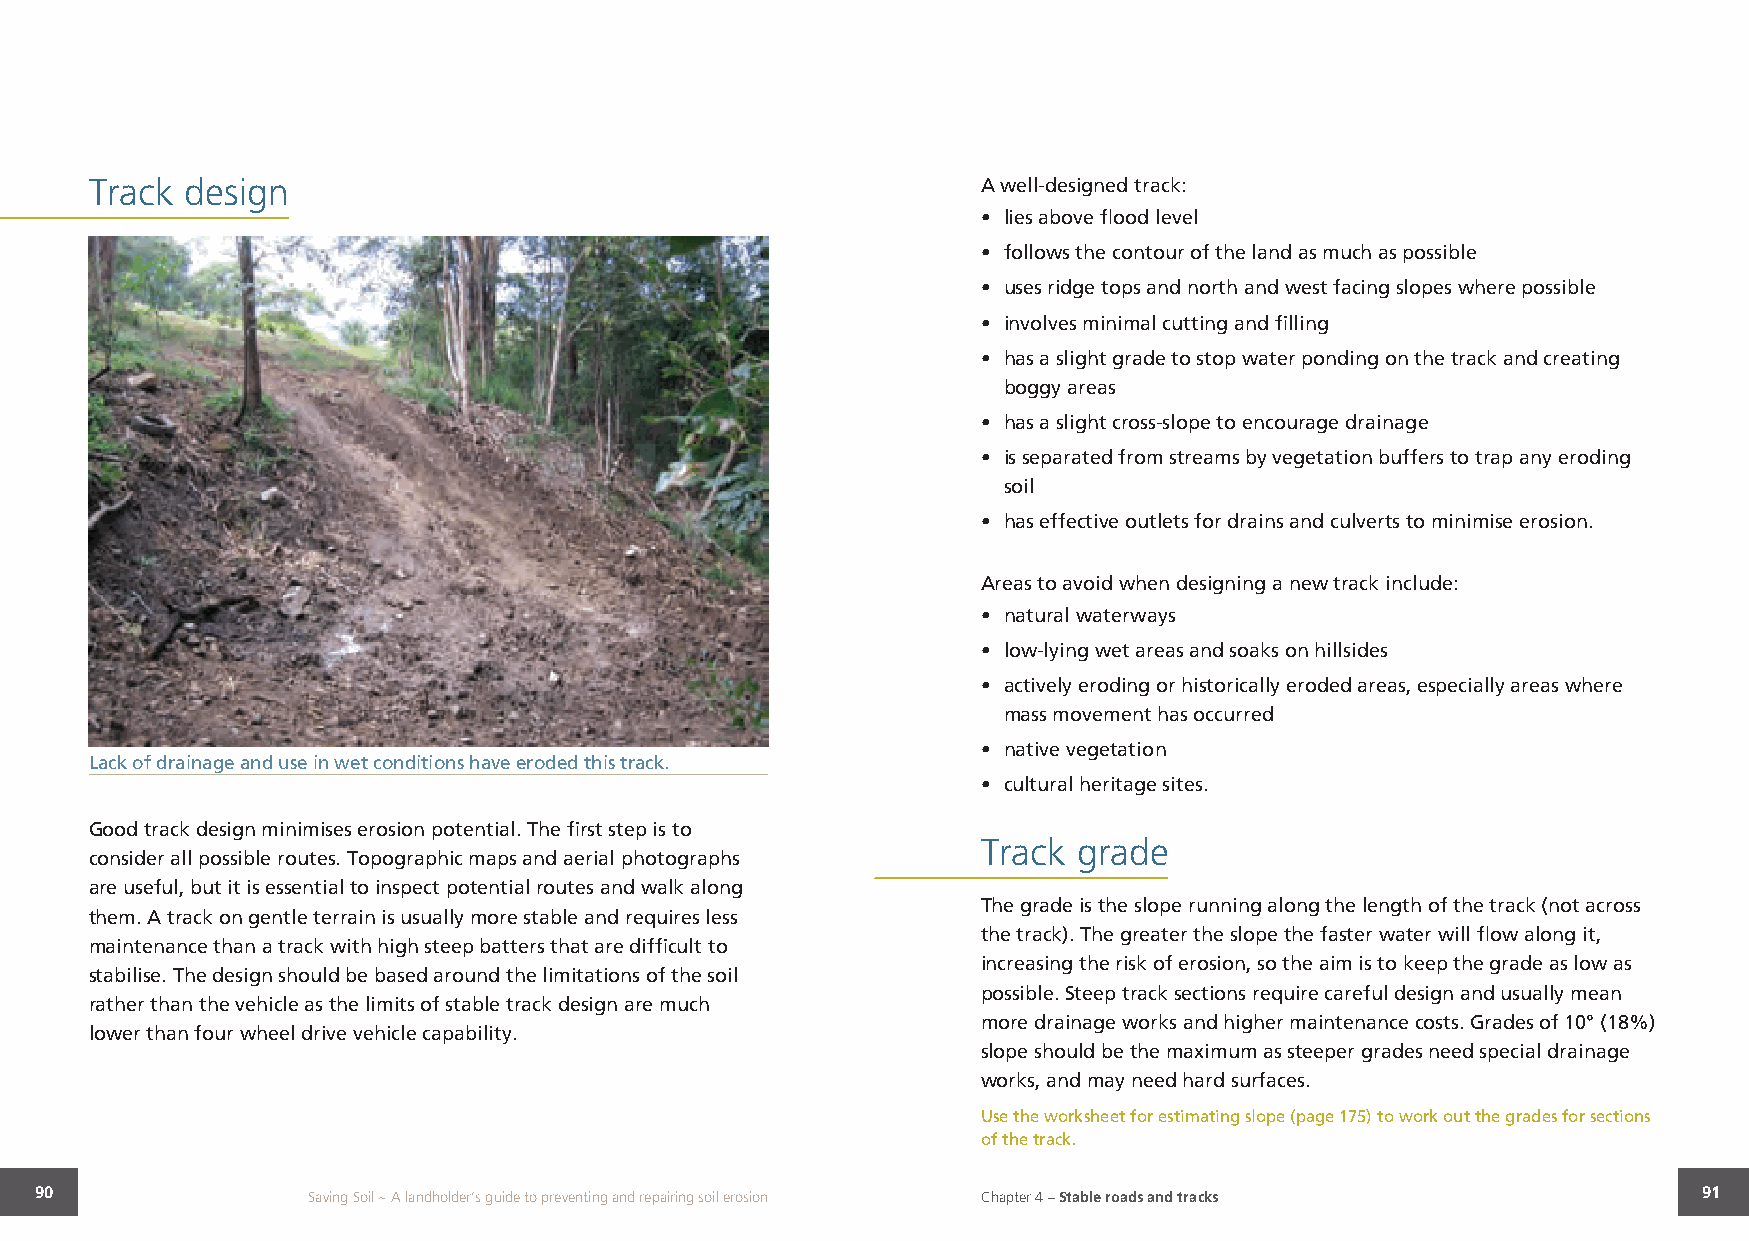
Track design                                               A well-designed track:
 • lies above flood level
 • follows the contour of the land as much as possible
 • uses ridge tops and north and west facing slopes where possible
 • involves minimal cutting and filling
 • has a slight grade to stop water ponding on the track and creating
 boggy areas
 • has a slight cross-slope to encourage drainage
 • is separated from streams by vegetation buffers to trap any eroding
 soil
 • has effective outlets for drains and culverts to minimise erosion.
 Areas to avoid when designing a new track include:
 • natural waterways
 • low-lying wet areas and soaks on hillsides
 • actively eroding or historically eroded areas, especially areas where
 mass movement has occurred
 • native vegetation
 Lack of drainage and use in wet conditions have eroded this track.
 • cultural heritage sites.
 Good track design minimises erosion potential. The first step is to
 Track grade
 consider all possible routes. Topographic maps and aerial photographs
 are useful, but it is essential to inspect potential routes and walk along
 The grade is the slope running along the length of the track (not across
 them. A track on gentle terrain is usually more stable and requires less
 the track). The greater the slope the faster water will flow along it,
 maintenance than a track with high steep batters that are difficult to
 increasing the risk of erosion, so the aim is to keep the grade as low as
 stabilise. The design should be based around the limitations of the soil
 possible. Steep track sections require careful design and usually mean
 rather than the vehicle as the limits of stable track design are much
 more drainage works and higher maintenance costs. Grades of 10° (18%)
 lower than four wheel drive vehicle capability.
 slope should be the maximum as steeper grades need special drainage
 works, and may need hard surfaces.
 Use the worksheet for estimating slope (page 175) to work out the grades for sections
 of the track.
 90                Saving Soil ~ A landholder’s guide to preventing and repairing soil erosion Chapter 4 – Stable roads and tracks 91